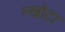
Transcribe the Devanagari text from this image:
म्खोटा